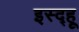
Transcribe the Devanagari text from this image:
इस्द्हू